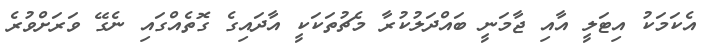
އެކަމަކު އިޓަލީ އާއި ޖާމަނީ ބައްދަލުކުރާ މެޗުތަކަކީ އާދައިގެ ގޮތެއްގައި ނެގޭ ވަރަށްވުރެ